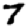
Digit: 7